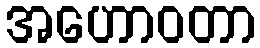
အဟောဝတာ